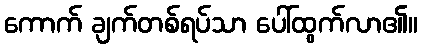
ကောက် ချက်တစ်ရပ်သာ ပေါ်ထွက်လာ၏။